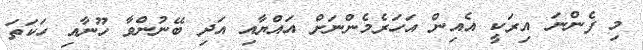
މި ފެންނަ އިރަކީ އެއިން އަހަރެމެންނަށް އައްޔާއި އަދި ބޭނުންވާ ހޫނާއި ހަކަތަ